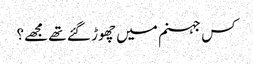
کس جہنم میں چھوڑ گئے تھے مجھے؟